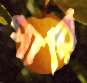
পারি